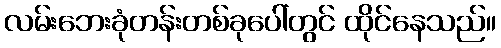
လမ်းဘေးခုံတန်းတစ်ခုပေါ်တွင် ထိုင်နေသည်။